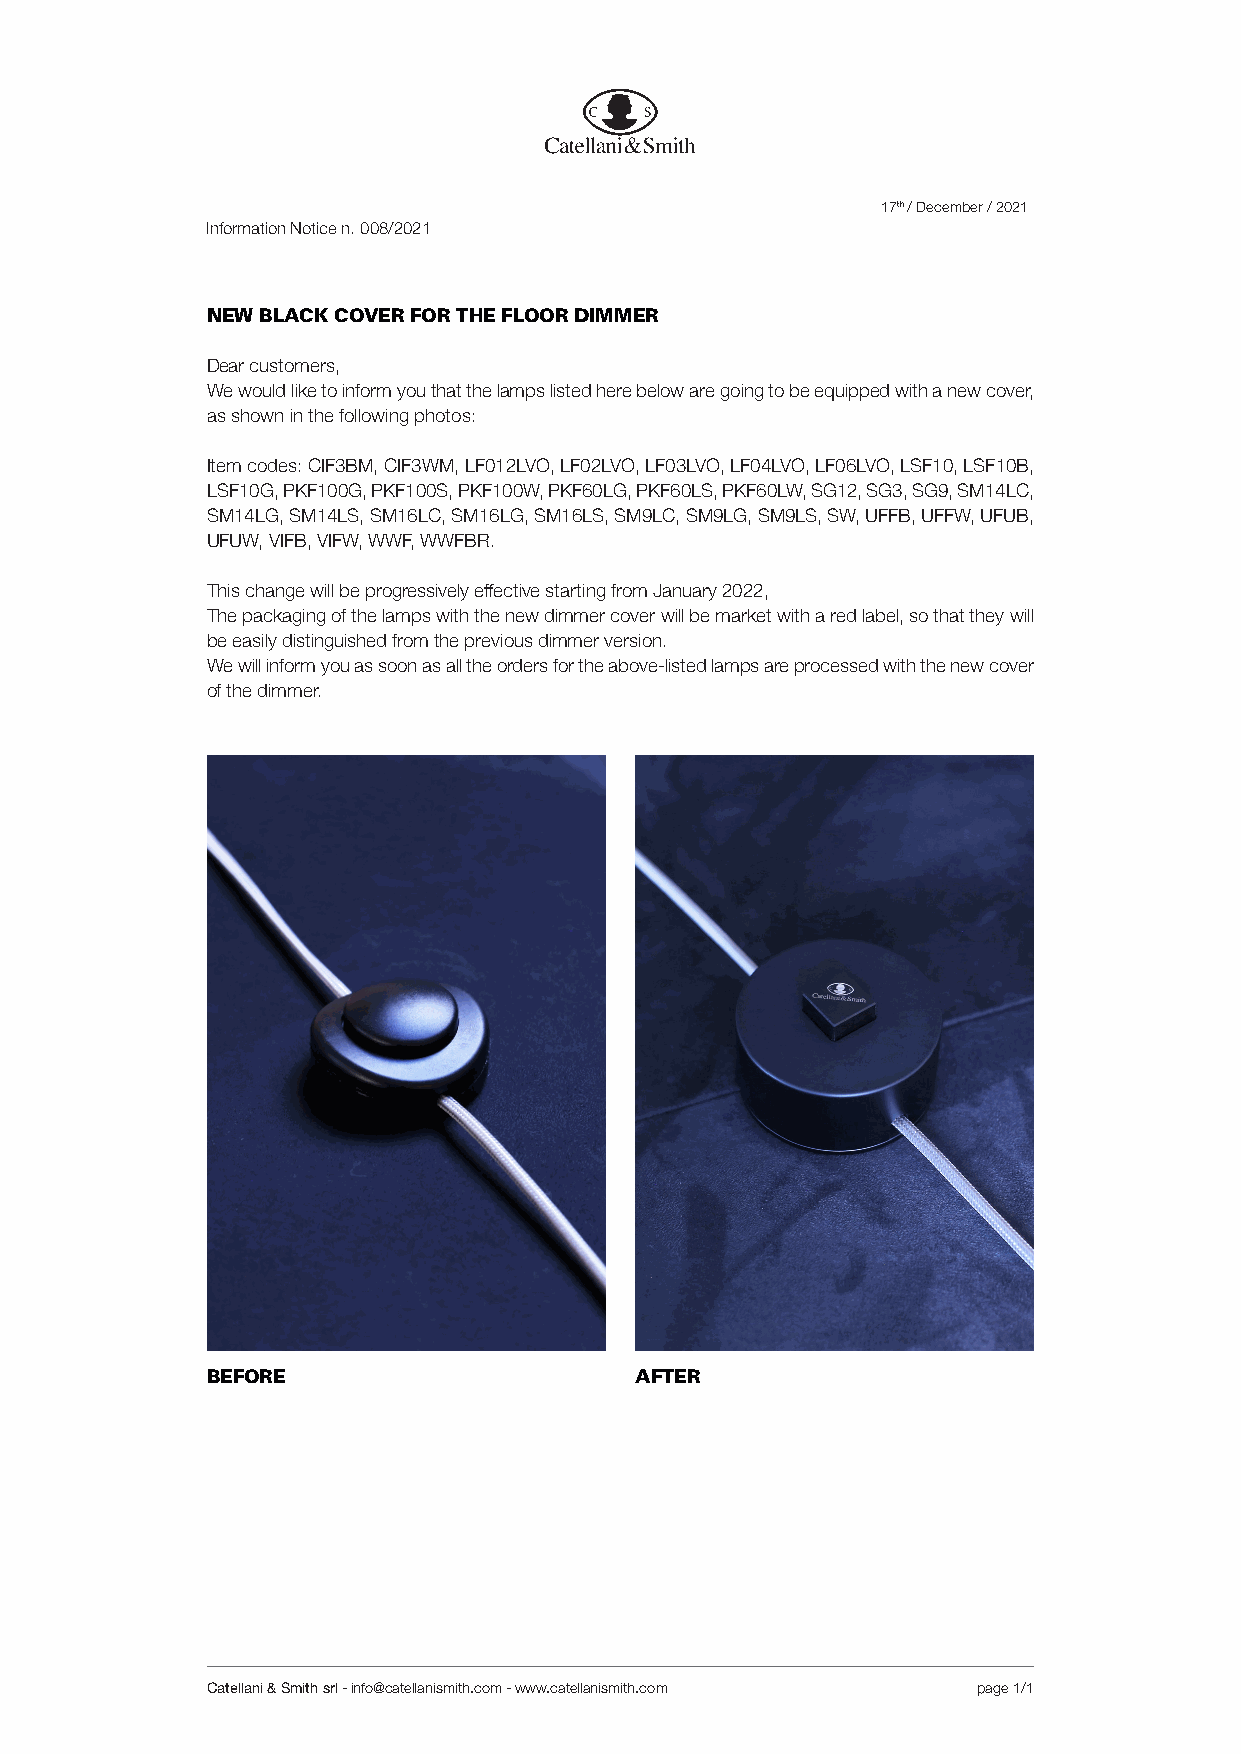
17th / December / 2021
 Information Notice n. 008/2021
 NEW BLACK COVER FOR THE FLOOR DIMMER
 Dear customers,
 We would like to inform you that the lamps listed here below are going to be equipped with a new cover,
 as shown in the following photos:
 Item codes: CIF3BM, CIF3WM, LF012LVO, LF02LVO, LF03LVO, LF04LVO, LF06LVO, LSF10, LSF10B,
 LSF10G, PKF100G, PKF100S, PKF100W, PKF60LG, PKF60LS, PKF60LW, SG12, SG3, SG9, SM14LC,
 SM14LG, SM14LS, SM16LC, SM16LG, SM16LS, SM9LC, SM9LG, SM9LS, SW, UFFB, UFFW, UFUB,
 UFUW, VIFB, VIFW, WWF, WWFBR.
 This change will be progressively effective starting from January 2022,
 The packaging of the lamps with the new dimmer cover will be market with a red label, so that they will
 be easily distinguished from the previous dimmer version.
 We will inform you as soon as all the orders for the above-listed lamps are processed with the new cover
 of the dimmer.
 BEFORE                      AFTER
 Catellani & Smith srl - info@catellanismith.com - www.catellanismith.com page 1/1